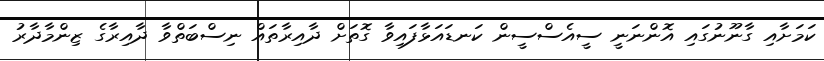
ކަމަށާއި ގާނޫނުގައި އޮންނަނީ ސީއެސްސީން ކަނޑައަޅާފައިވާ ގޮތަށް ދާއިރާތައް ނިސްބަތްވާ ދާއިރާގެ ޒިންމާދާރު